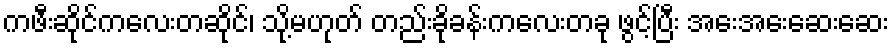
ကဖီးဆိုင်ကလေးတဆိုင်၊ သို့မဟုတ် တည်းခိုခန်းကလေးတခု ဖွင့်ပြီး အေးအေးဆေးဆေး